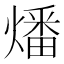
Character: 燔